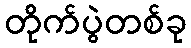
တိုက်ပွဲတစ်ခု